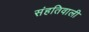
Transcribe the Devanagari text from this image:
संहतिवाली